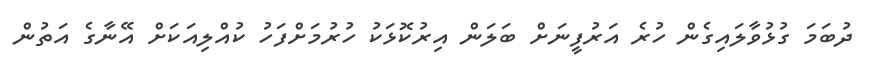
ދުބަމަ ގުޅުވާލައިގެން ހުރެ އަރުފީނަށް ބަލަން އިރުކޮޅަކު ހުރުމަށްފަހު ކުއްލިއަކަށް އޭނާގެ އަތުން